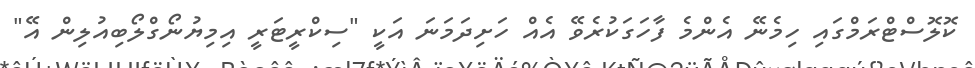
ކޮލޮސްޓްރަމްގައި ހިމެނޭ އެންމެ ފާހަގަކުރެވޭ އެއް ހަށިދަމަނަ އަކީ "ސިކްރީޓަރީ އިމިޔުނޯގްލޯބިއުލިން އޭ"